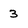
Character: 3